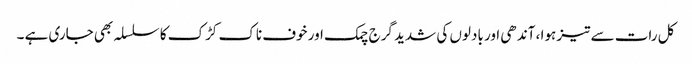
کل رات سے تیز ہوا ، آندھی اور بادلوں کی شدید گرج چمک اور خوف ناک کڑک کا سلسلہ بھی جاری ہے ۔